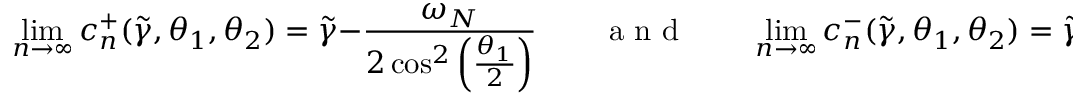
\operatorname* { l i m } _ { n \to \infty } c _ { n } ^ { + } ( \widetilde { \gamma } , \theta _ { 1 } , \theta _ { 2 } ) = \widetilde { \gamma } - \frac { \omega _ { N } } { 2 \cos ^ { 2 } \left( \frac { \theta _ { 1 } } { 2 } \right) } \qquad \textnormal { a n d } \qquad \operatorname* { l i m } _ { n \to \infty } c _ { n } ^ { - } ( \widetilde { \gamma } , \theta _ { 1 } , \theta _ { 2 } ) = \widetilde { \gamma } + \frac { \omega _ { S } } { 2 \sin ^ { 2 } \left( \frac { \theta _ { 2 } } { 2 } \right) } \cdot